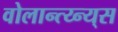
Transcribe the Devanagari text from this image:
वोलान्त्य्न्य्स